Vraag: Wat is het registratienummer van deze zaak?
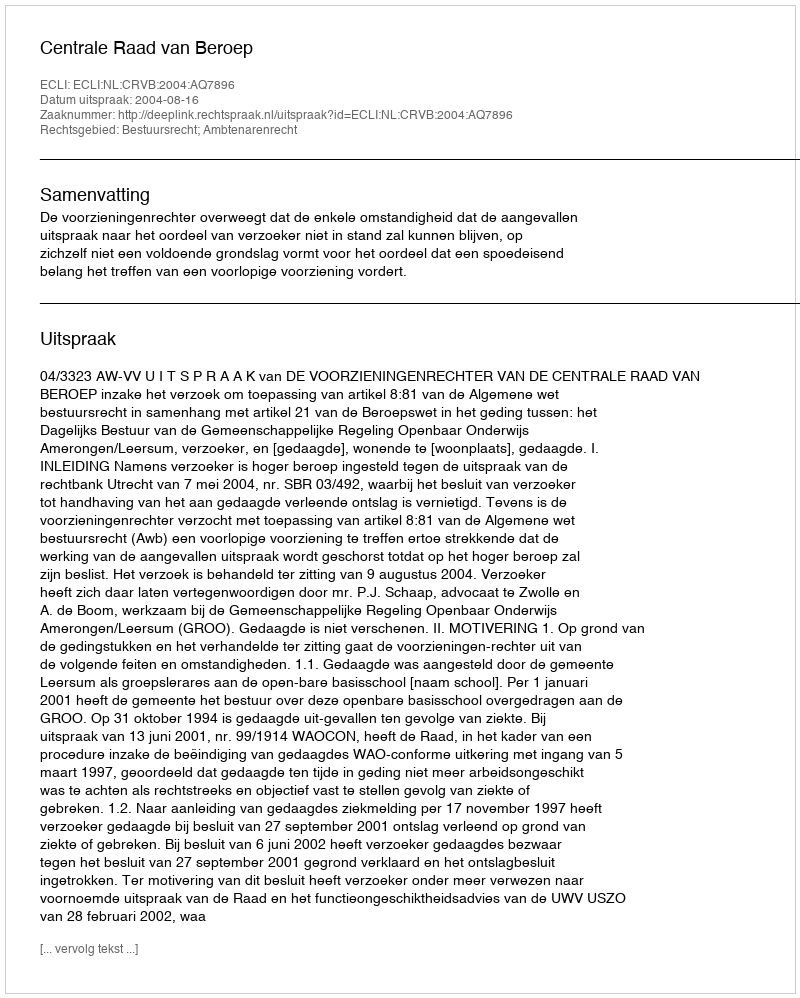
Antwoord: http://deeplink.rechtspraak.nl/uitspraak?id=ECLI:NL:CRVB:2004:AQ7896